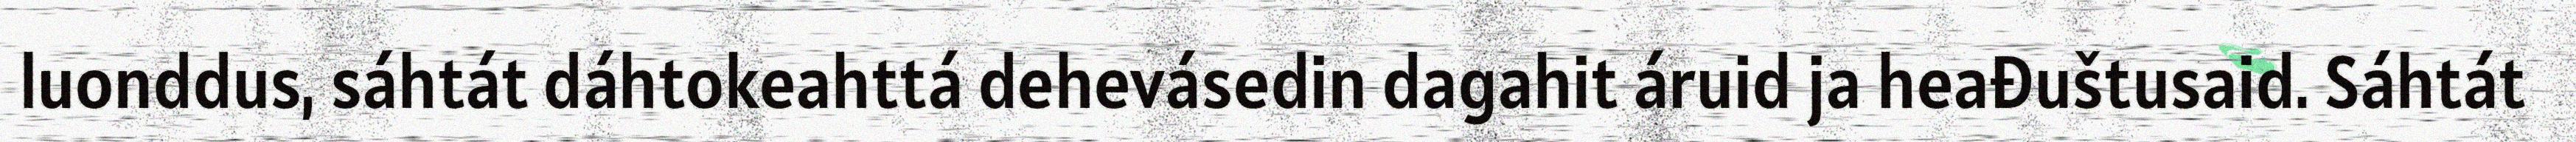
luonddus, sáhtát dáhtokeahttá dehevásedin dagahit áruid ja heađuštusaid. Sáhtát